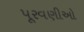
પૂરવણીઓ